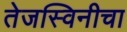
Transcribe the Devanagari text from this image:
तेजस्विनीचा